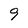
Character: 9